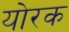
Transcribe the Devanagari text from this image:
योरक